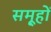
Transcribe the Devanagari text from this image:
समू्हों